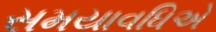
સમયાવધિએ